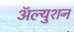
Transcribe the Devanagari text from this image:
ॲल्युशन